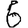
Digit: 6